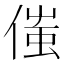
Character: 𠋷